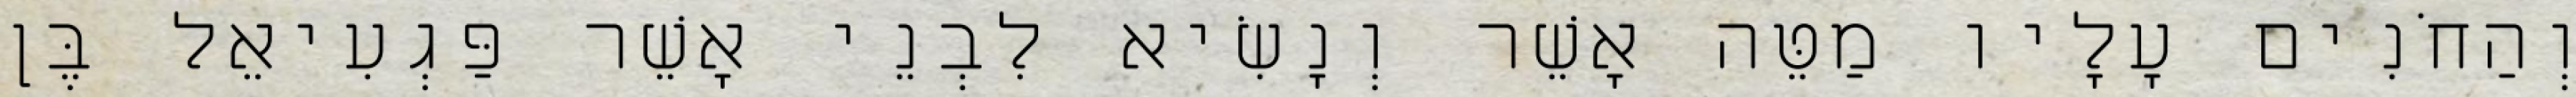
וְהַחֹנִים עָלָיו מַטֵּה אָשֵׁר וְנָשִׂיא לִבְנֵי אָשֵׁר פַּגְעִיאֵל בֶּן